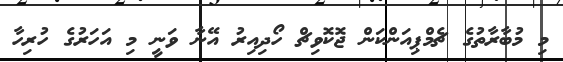
މި މުބާރާތުގެ ޗެމްޕިއަންކަން ޖޮކޮވިޗް ހޯދިއިރު އޭނާ ވަނީ މި އަހަރުގެ ހުރިހާ